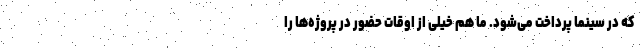
که در سینما پرداخت می‌شود. ما هم خیلی از اوقات حضور در پروژه‌ها را